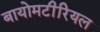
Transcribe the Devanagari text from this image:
बायोमटीरियल